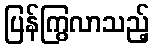
ပြန်ကြွလာသည့်